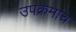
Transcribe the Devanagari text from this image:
उपक्रमांच